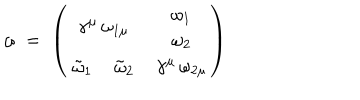
\omega \; = \; \left( \begin{array} { c c } { { \gamma ^ { \mu } \, \omega _ { 1 \mu } } } & { { \begin{array} { c } { { \omega _ { 1 } } } \\ { { \omega _ { 2 } } } \\ \end{array} } } \\ { { \begin{array} { c c } { { \tilde { \omega } _ { 1 } \, } } & { { \tilde { \omega } _ { 2 } } } \\ \end{array} } } & { { \gamma ^ { \mu } \, \omega _ { 2 \mu } } } \\ \end{array} \right)